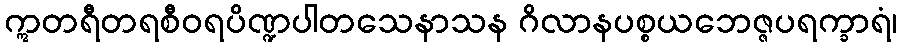
ဣတရီတရစီဝရပိဏ္ဍပါတသေနာသန ဂိလာနပစ္စယဘေဇ္ဇပရက္ခာရံ၊